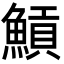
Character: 𩹸